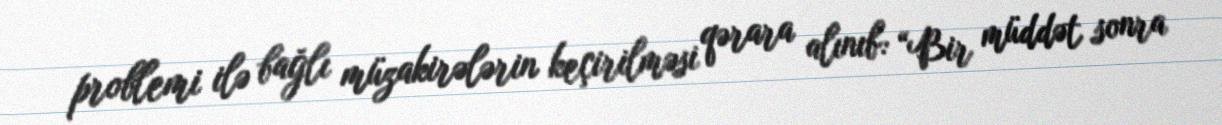
problemi ilə bağlı müzakirələrin keçirilməsi qərara alınıb: “Bir müddət sonra